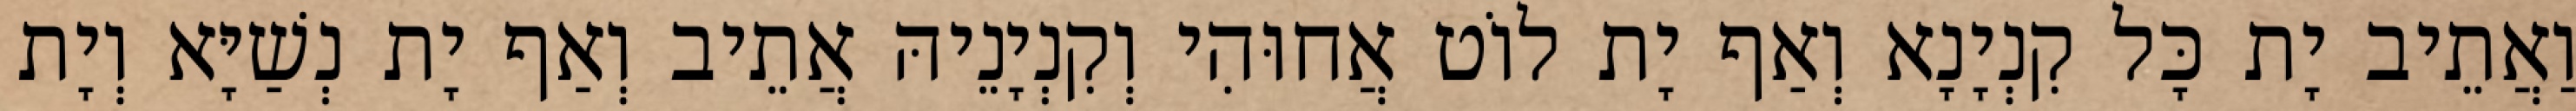
וַאֲתֵיב יָת כָּל קִנְיָנָא וְאַף יָת לוֹט אֲחוּהִי וְקִנְיָנֵיהּ אֲתֵיב וְאַף יָת נְשַׁיָּא וְיָת